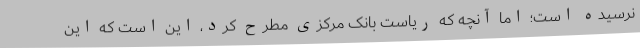
نرسیده است؛ اما آنچه که ریاست بانک مرکزی مطرح کرد، این است که این